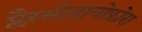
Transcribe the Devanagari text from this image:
प्लैस्मोडायोफ़ोरा